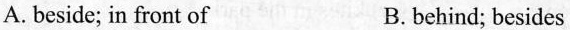
A.beside; in front of B.behind;besides